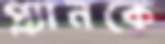
প্ল্যানকে